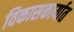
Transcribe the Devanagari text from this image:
विकासकार्यात